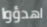
اهدؤوا